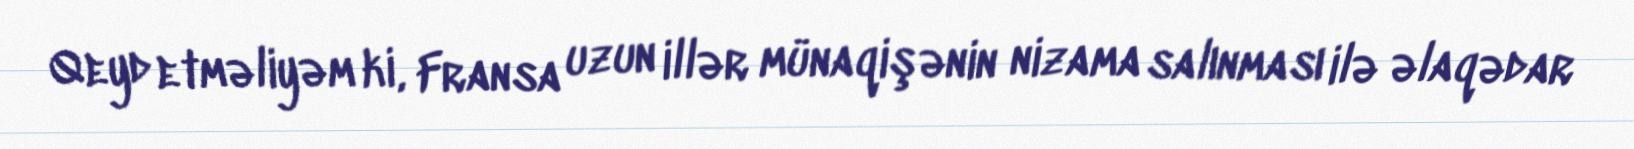
Qeyd etməliyəm ki, Fransa uzun illər münaqişənin nizama salınması ilə əlaqədar